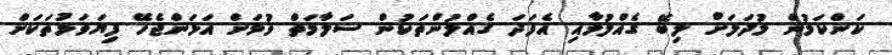
ކަންކަމުން މުދަލަށް ލިބޭ ގެއްލުމާއި އެފަދަ ގެއްލުންތަކުން ސަލާމަތް ވުމަށް އަޅަންޖެހޭ ފިޔަވަޅުތަކަށް